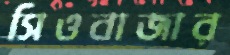
সিওবাজার